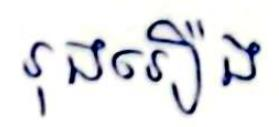
រុងរឿង